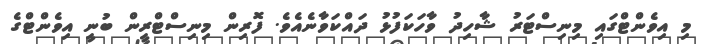
މި އިވެންޓްގައި މިނިސްޓަރު ޝާހިދު ވާހަކަފުޅު ދައްކަވާނެއެވެ. ފޮރިން މިނިސްޓްރީން ބުނީ އިވެންޓްގެ